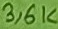
Text: 3,6K